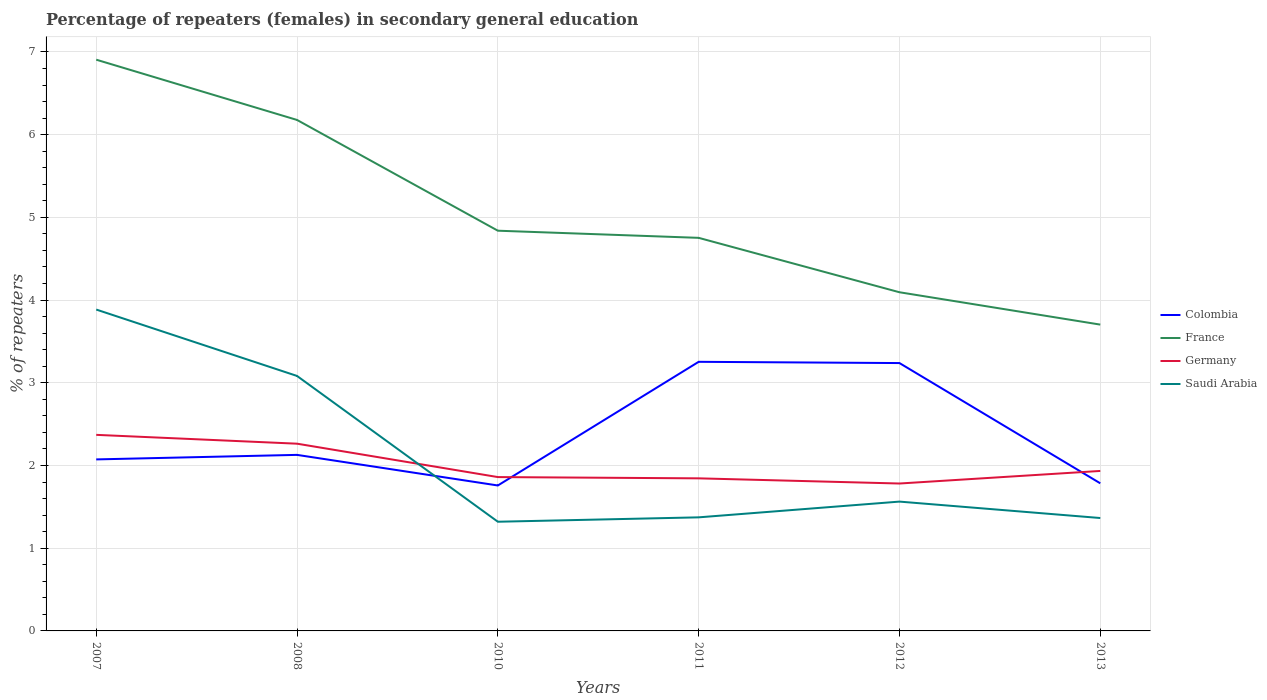
| Years | Colombia | France | Germany | Saudi Arabia |
 | --- | --- | --- | --- | --- |
 | 2007 | 2.07 | 6.91 | 2.37 | 3.89 |
 | 2008 | 2.13 | 6.18 | 2.26 | 3.08 |
 | 2010 | 1.76 | 4.84 | 1.86 | 1.32 |
 | 2011 | 3.25 | 4.75 | 1.84 | 1.37 |
 | 2012 | 3.24 | 4.09 | 1.78 | 1.56 |
 | 2013 | 1.78 | 3.7 | 1.93 | 1.36 |